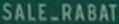
SALE_RABAT